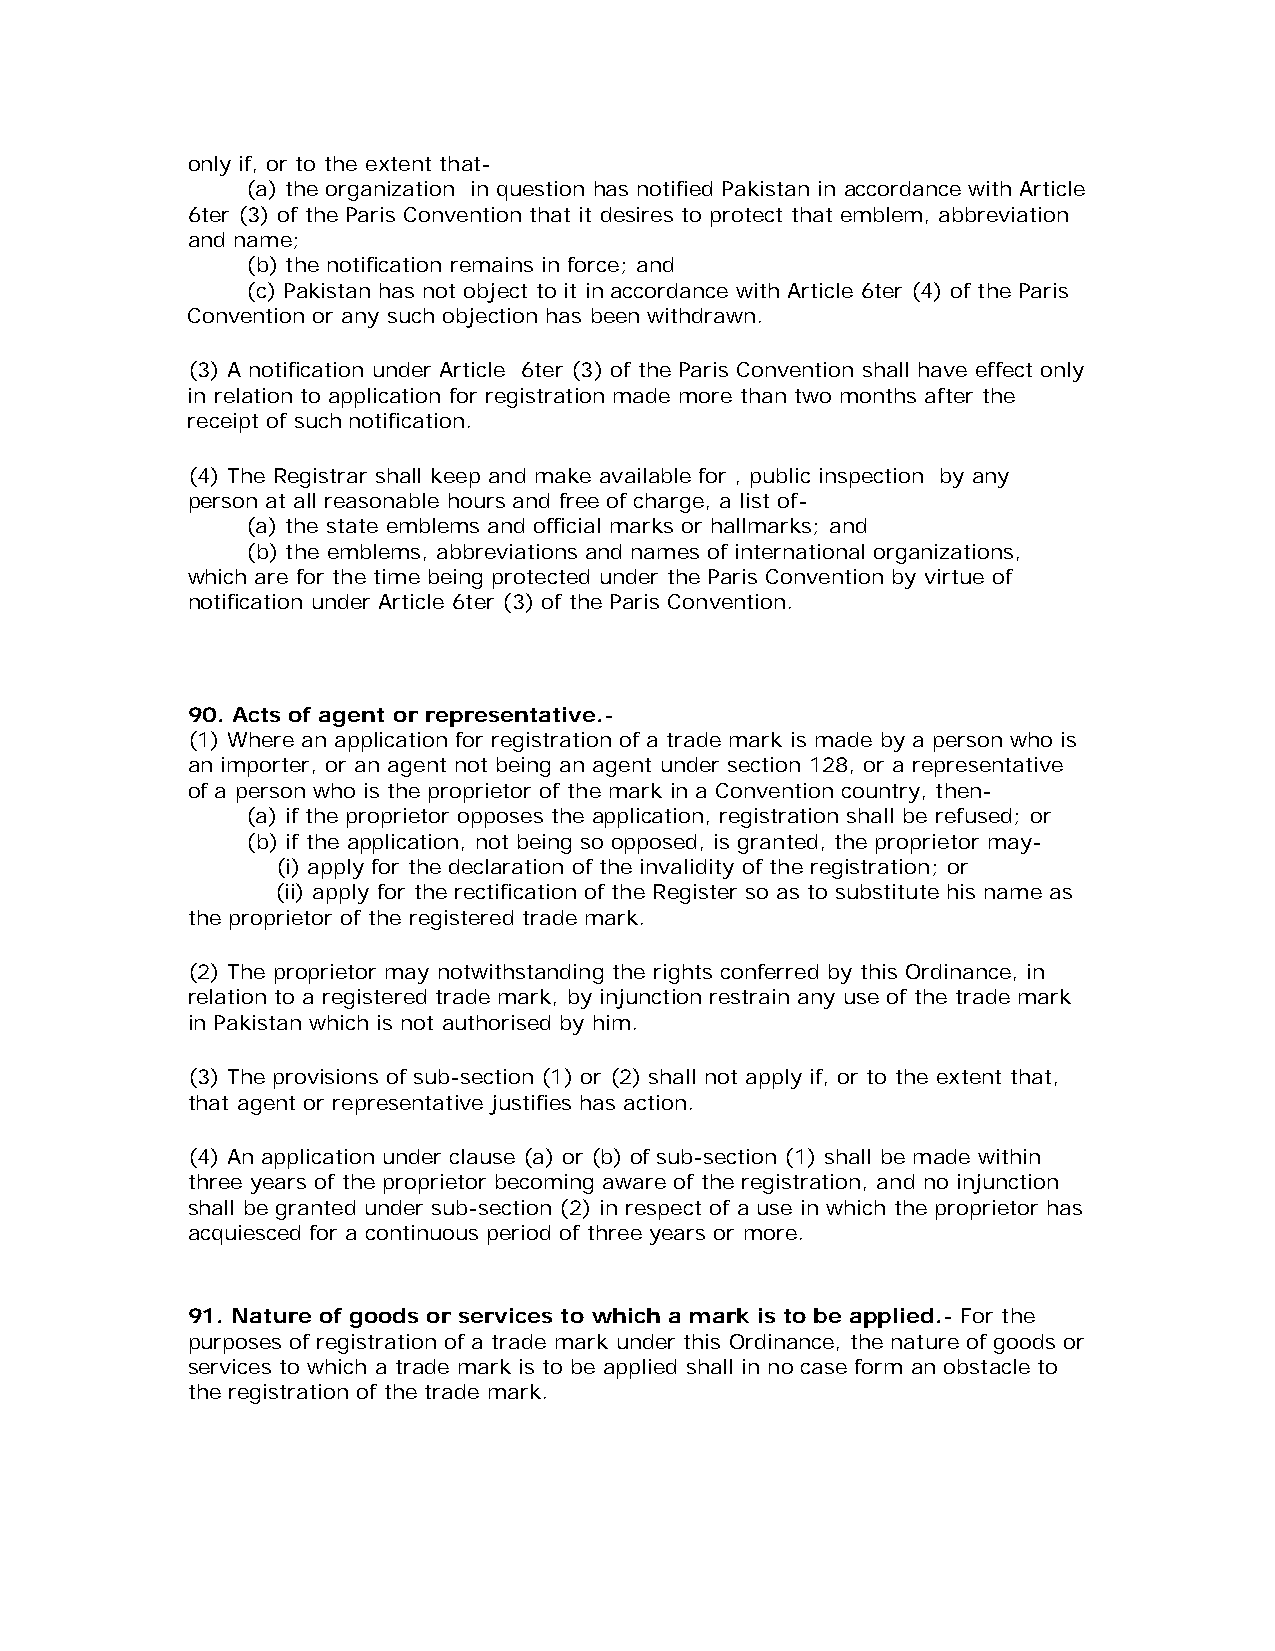
only if, or to the extent that-
 (a) the organization in question has notified Pakistan in accordance with Article
 6ter (3) of the Paris Convention that it desires to protect that emblem, abbreviation
 and name;
 (b) the notification remains in force; and
 (c) Pakistan has not object to it in accordance with Article 6ter (4) of the Paris
 Convention or any such objection has been withdrawn.
 (3) A notification under Article 6ter (3) of the Paris Convention shall have effect only
 in relation to application for registration made more than two months after the
 receipt of such notification.
 (4) The Registrar shall keep and make available for , public inspection by any
 person at all reasonable hours and free of charge, a list of-
 (a) the state emblems and official marks or hallmarks; and
 (b) the emblems, abbreviations and names of international organizations,
 which are for the time being protected under the Paris Convention by virtue of
 notification under Article 6ter (3) of the Paris Convention.
 90. Acts of agent or representative.-
 (1) Where an application for registration of a trade mark is made by a person who is
 an importer, or an agent not being an agent under section 128, or a representative
 of a person who is the proprietor of the mark in a Convention country, then-
 (a) if the proprietor opposes the application, registration shall be refused; or
 (b) if the application, not being so opposed, is granted, the proprietor may-
 (i) apply for the declaration of the invalidity of the registration; or
 (ii) apply for the rectification of the Register so as to substitute his name as
 the proprietor of the registered trade mark.
 (2) The proprietor may notwithstanding the rights conferred by this Ordinance, in
 relation to a registered trade mark, by injunction restrain any use of the trade mark
 in Pakistan which is not authorised by him.
 (3) The provisions of sub-section (1) or (2) shall not apply if, or to the extent that,
 that agent or representative justifies has action.
 (4) An application under clause (a) or (b) of sub-section (1) shall be made within
 three years of the proprietor becoming aware of the registration, and no injunction
 shall be granted under sub-section (2) in respect of a use in which the proprietor has
 acquiesced for a continuous period of three years or more.
 91. Nature of goods or services to which a mark is to be applied.- For the
 purposes of registration of a trade mark under this Ordinance, the nature of goods or
 services to which a trade mark is to be applied shall in no case form an obstacle to
 the registration of the trade mark.